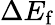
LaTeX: \Delta E_{\mathrm{f}}